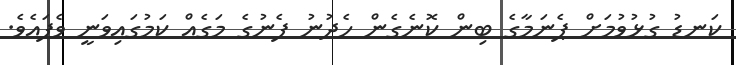
ކަނޑު ގުޅުވުމަށް ޕެނަމާގެ ބިން ކޮނެގެން ހެދުނު ފެނުގެ މަގެއް ކަމުގައިވަނީ ވެފައެވެ.